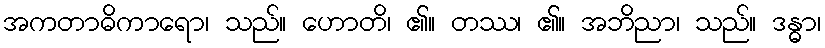
အကတာဓိကာရော၊ သည်။ ဟောတိ၊ ၏။ တဿ၊ ၏။ အဘိညာ၊ သည်။ ဒန္ဓာ၊